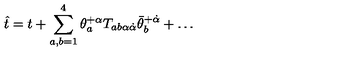
\hat { t } = t + \sum _ { a , b = 1 } ^ { 4 } \theta _ { a } ^ { + \alpha } T _ { a b \alpha \dot { \alpha } } \bar { \theta } _ { b } ^ { + \dot { \alpha } } + \ldots